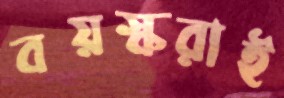
বয়স্করাই